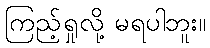
ကြည့်ရှုလို့ မရပါဘူး။